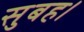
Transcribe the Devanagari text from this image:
सुबह।